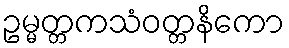
ဥမ္မတ္တကသံဝတ္တနိကော